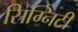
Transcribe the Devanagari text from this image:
सिग्निटी